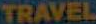
TRAVEL